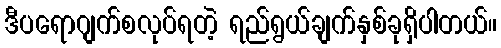
ဒီပရောဂျက်စလုပ်ရတဲ့ ရည်ရွယ်ချက်နှစ်ခုရှိပါတယ်။